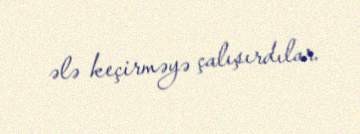
ələ keçirməyə çalışırdılar.